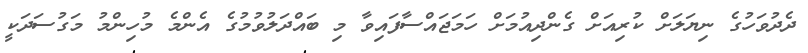
ދެދުވަހުގެ ނިޔަލަށް ކުރިއަށް ގެންދިއުމަށް ހަމަޖައްސާފައިވާ މި ބައްދަލުވުމުގެ އެންމެ މުހިންމު މަގުސަދަކީ